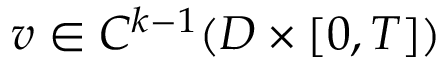
v \in C ^ { k - 1 } ( D \times [ 0 , T ] )